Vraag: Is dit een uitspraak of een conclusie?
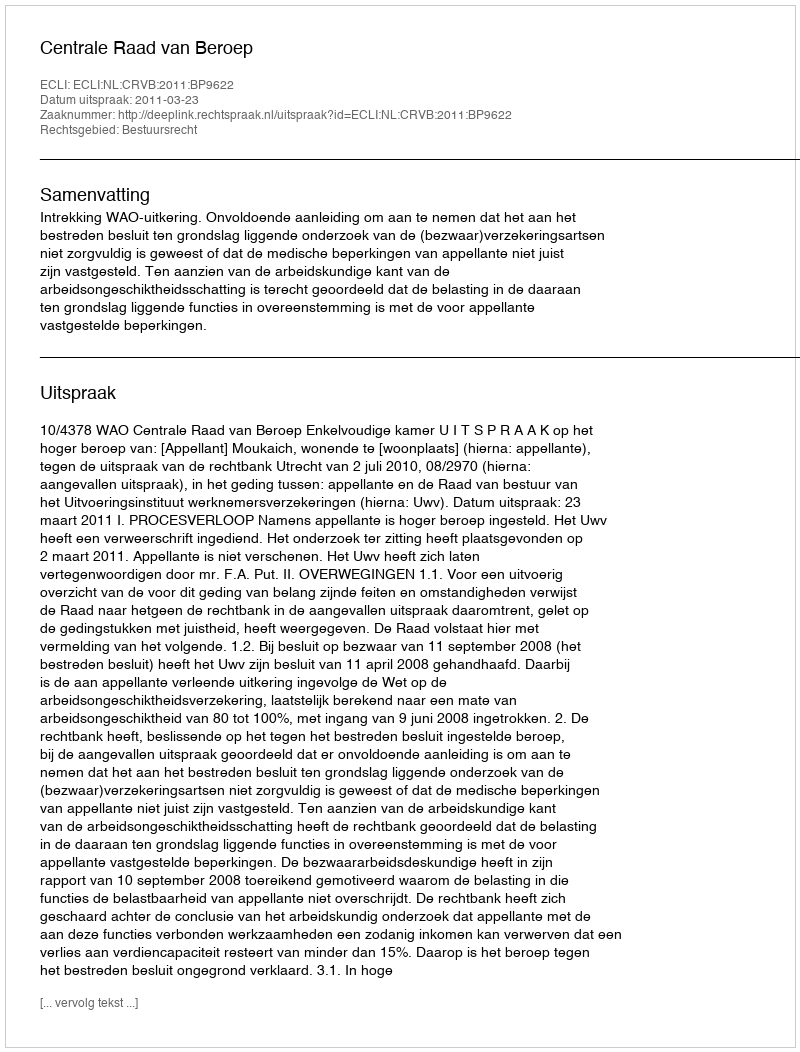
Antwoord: Uitspraak